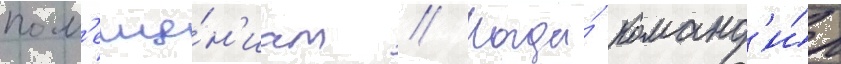
пом'еще́н'иам // Когда́ команд'и́р